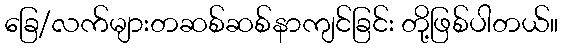
ခြေ/လက်များတဆစ်ဆစ်နာကျင်ခြင်း တို့ဖြစ်ပါတယ်။